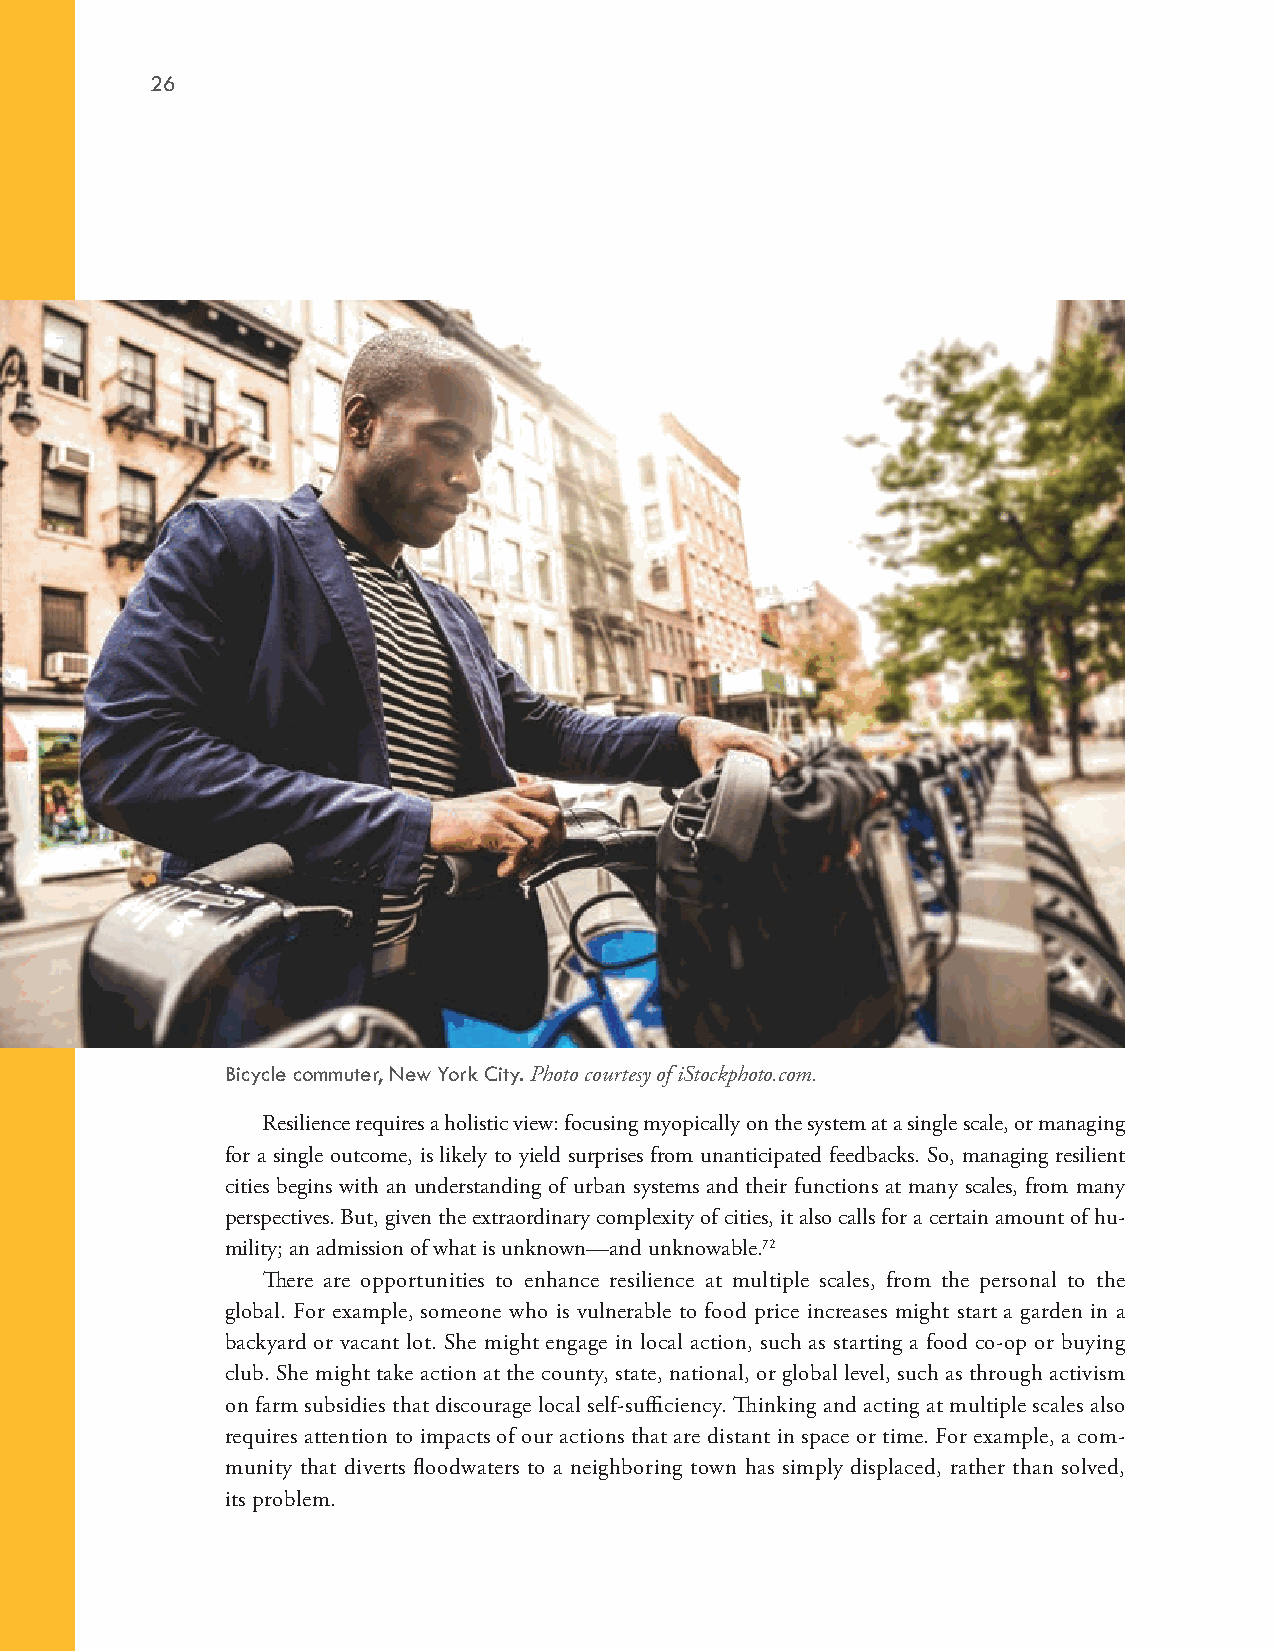
26
 Bicycle commuter, New York City. Photo courtesy of iStockphoto.com.
 Resilience requires a holistic view: focusing myopically on the system at a single scale, or managing
 for a single outcome, is likely to yield surprises from unanticipated feedbacks. So, managing resilient
 cities begins with an understanding of urban systems and their functions at many scales, from many
 perspectives. But, given the extraordinary complexity of cities, it also calls for a certain amount of hu-
 mility; an admission of what is unknown—and unknowable.72
 There are opportunities to enhance resilience at multiple scales, from the personal to the
 global. For example, someone who is vulnerable to food price increases might start a garden in a
 backyard or vacant lot. She might engage in local action, such as starting a food co-op or buying
 club. She might take action at the county, state, national, or global level, such as through activism
 on farm subsidies that discourage local self-sufficiency. Thinking and acting at multiple scales also
 requires attention to impacts of our actions that are distant in space or time. For example, a com-
 munity that diverts floodwaters to a neighboring town has simply displaced, rather than solved,
 its problem.